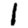
Digit: 1